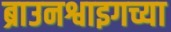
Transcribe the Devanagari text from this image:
ब्राउनश्वाइगच्या